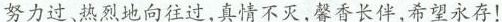
努力过、热烈地向往过,真情不灭,馨香长伴,希望永存!